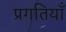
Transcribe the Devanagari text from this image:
प्रगतियाँ